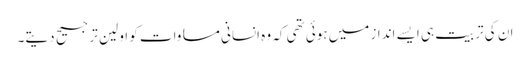
ان کی تربیت ہی ایسے انداز میں ہوئی تھی کہ وہ انسانی مساوات کو اولین ترجیح دیتے۔